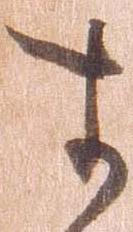
す